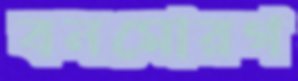
বনমোরগ